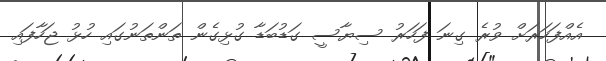
އެއްފަހަރަށް ވުރެ ގިނަ ފަހަރު ސިޔާސީ ގަޑުބަޑާ ގުޅިގެން ތަންތަނުގައި ހުޅު ޖަހާފައި